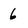
Character: 6